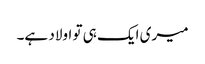
میری ایک ہی تو اولاد ہے۔